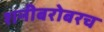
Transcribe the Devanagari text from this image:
शनीबरोबरच